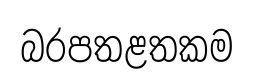
බරපතළතකම